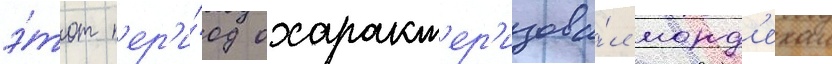
э́тот п'ер'и́од охаракт'ер'изова́л морд'ехаи